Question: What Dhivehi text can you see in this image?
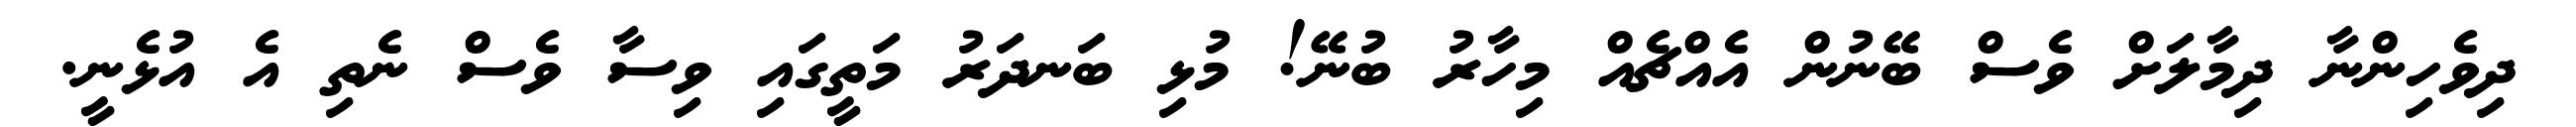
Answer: ދިވެހިންނާ ދިމާލަށް ވެސް ބޭނުން އެއްޗެއް މިހާރު ބުނޭ! މުޅި ބަނދަރު މަތީގައި ވިސާ ވެސް ނެތި އެ އުޅެނީ.